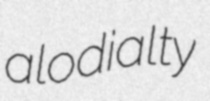
alodialty